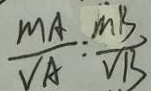
\frac { M A } { V A } : \frac { m B } { V B }